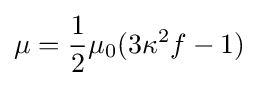
\mu ={\frac {1}{2}}\mu _{0}(3\kappa ^{2}f-1)